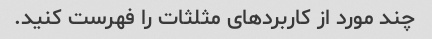
چند مورد از کاربردهای مثلثات را فهرست کنید.